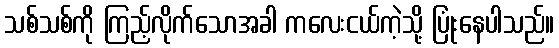
သစ်သစ်ကို ကြည့်လိုက်သောအခါ ကလေးငယ်ကဲ့သို့ ပြုံးနေပါသည်။